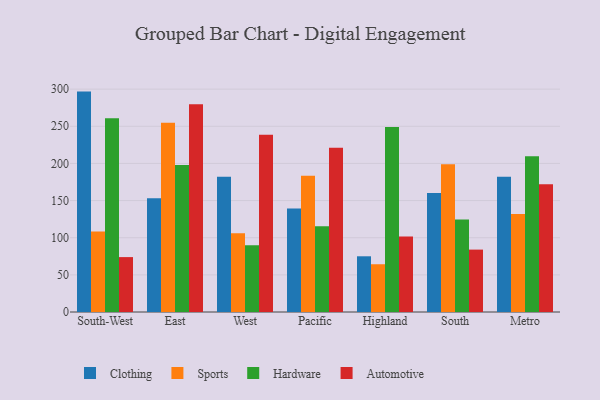
{"axis": {"x": "Region", "y": "Headcount"}, "legend": ["Automotive", "Clothing", "Hardware", "Sports"], "data": [{"x": "South-West", "y": 296.7, "type": "Clothing"}, {"x": "South-West", "y": 108.3, "type": "Sports"}, {"x": "South-West", "y": 260.9, "type": "Hardware"}, {"x": "South-West", "y": 73.9, "type": "Automotive"}, {"x": "East", "y": 153.2, "type": "Clothing"}, {"x": "East", "y": 254.9, "type": "Sports"}, {"x": "East", "y": 197.9, "type": "Hardware"}, {"x": "East", "y": 279.8, "type": "Automotive"}, {"x": "West", "y": 182.1, "type": "Clothing"}, {"x": "West", "y": 105.9, "type": "Sports"}, {"x": "West", "y": 90.0, "type": "Hardware"}, {"x": "West", "y": 238.5, "type": "Automotive"}, {"x": "Pacific", "y": 139.3, "type": "Clothing"}, {"x": "Pacific", "y": 183.5, "type": "Sports"}, {"x": "Pacific", "y": 115.5, "type": "Hardware"}, {"x": "Pacific", "y": 221.1, "type": "Automotive"}, {"x": "Highland", "y": 75.0, "type": "Clothing"}, {"x": "Highland", "y": 64.3, "type": "Sports"}, {"x": "Highland", "y": 249.2, "type": "Hardware"}, {"x": "Highland", "y": 101.5, "type": "Automotive"}, {"x": "South", "y": 160.3, "type": "Clothing"}, {"x": "South", "y": 198.8, "type": "Sports"}, {"x": "South", "y": 124.4, "type": "Hardware"}, {"x": "South", "y": 84.0, "type": "Automotive"}, {"x": "Metro", "y": 182.0, "type": "Clothing"}, {"x": "Metro", "y": 131.9, "type": "Sports"}, {"x": "Metro", "y": 209.7, "type": "Hardware"}, {"x": "Metro", "y": 171.9, "type": "Automotive"}]}